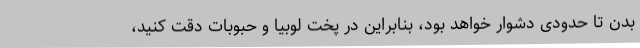
بدن تا حدودی دشوار خواهد بود، بنابراین در پخت لوبیا و حبوبات دقت کنید،